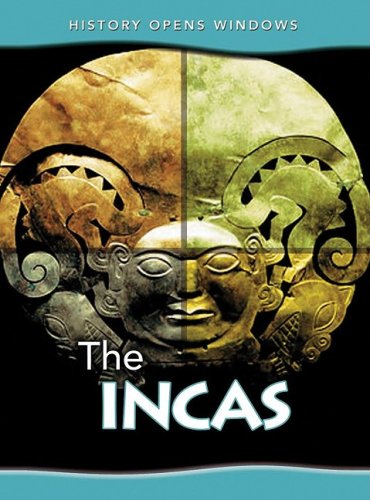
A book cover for The Incas (History Opens Windows); Jane Shuter; History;